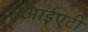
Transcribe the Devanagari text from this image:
वीआईएटी